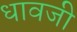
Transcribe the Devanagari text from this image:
धावजी